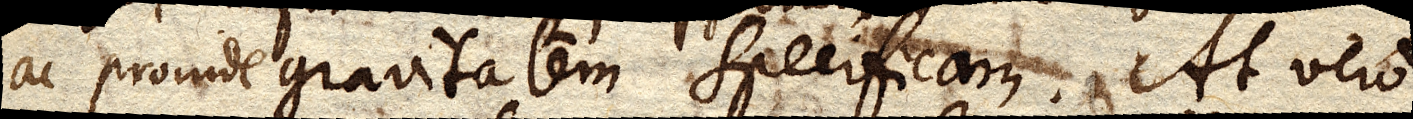
ac proinde gravitatem specificam. At vero